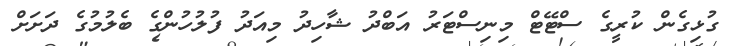
ގުޅިގެން ކުރީގެ ސްޓޭޓް މިނިސްޓަރު އަބްދު ޝާހިދު މިއަދު ފުލުހުންގެ ބެލުމުގެ ދަށަށް